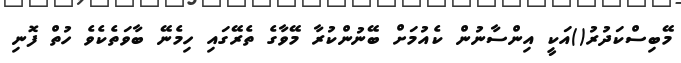
މޭބިސްކަދުރު()އަކީ އިންސާނުން ކެއުމަށް ބޭނުންކުރާ މޭވާގެ ތެރޭގައި ހިމެނޭ ބާވަތެކެވެ ހުތް ފޮނި